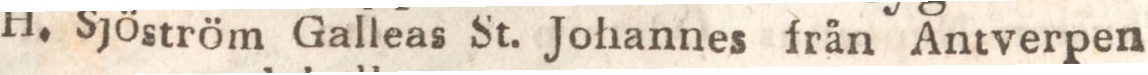
H. Sjöström Galleas St. Johannes från Antverpen